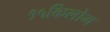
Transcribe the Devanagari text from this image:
१५किलोम